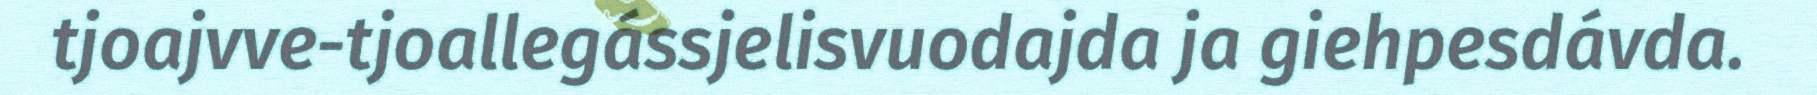
tjoajvve-tjoallegássjelisvuodajda ja giehpesdávda.